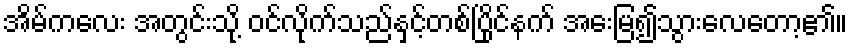
အိမ်ကလေး အတွင်းသို့ ဝင်လိုက်သည်နှင့်တစ်ပြိုင်နက် အေးမြ၍သွားလေတော့၏။